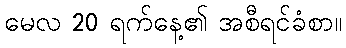
မေလ 20 ရက်နေ့၏ အစီရင်ခံစာ။